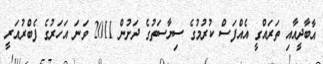
އާބާދީއާއި ތަރައްގީ އެއްފަސް ކުރުމުގެ ސިޔާސަތުގެ ދަށުން 2011 ވަނަ އަހަރުގެ ފެބްރުއަރީ